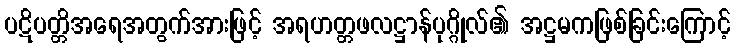
ပဋိပတ္တိအရေအတွက်အားဖြင့် အရဟတ္တဖလဋ္ဌာန်ပုဂ္ဂိုလ်၏ အဋ္ဌမကဖြစ်ခြင်းကြောင့်